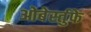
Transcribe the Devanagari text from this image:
ओबेर्स्तुफे